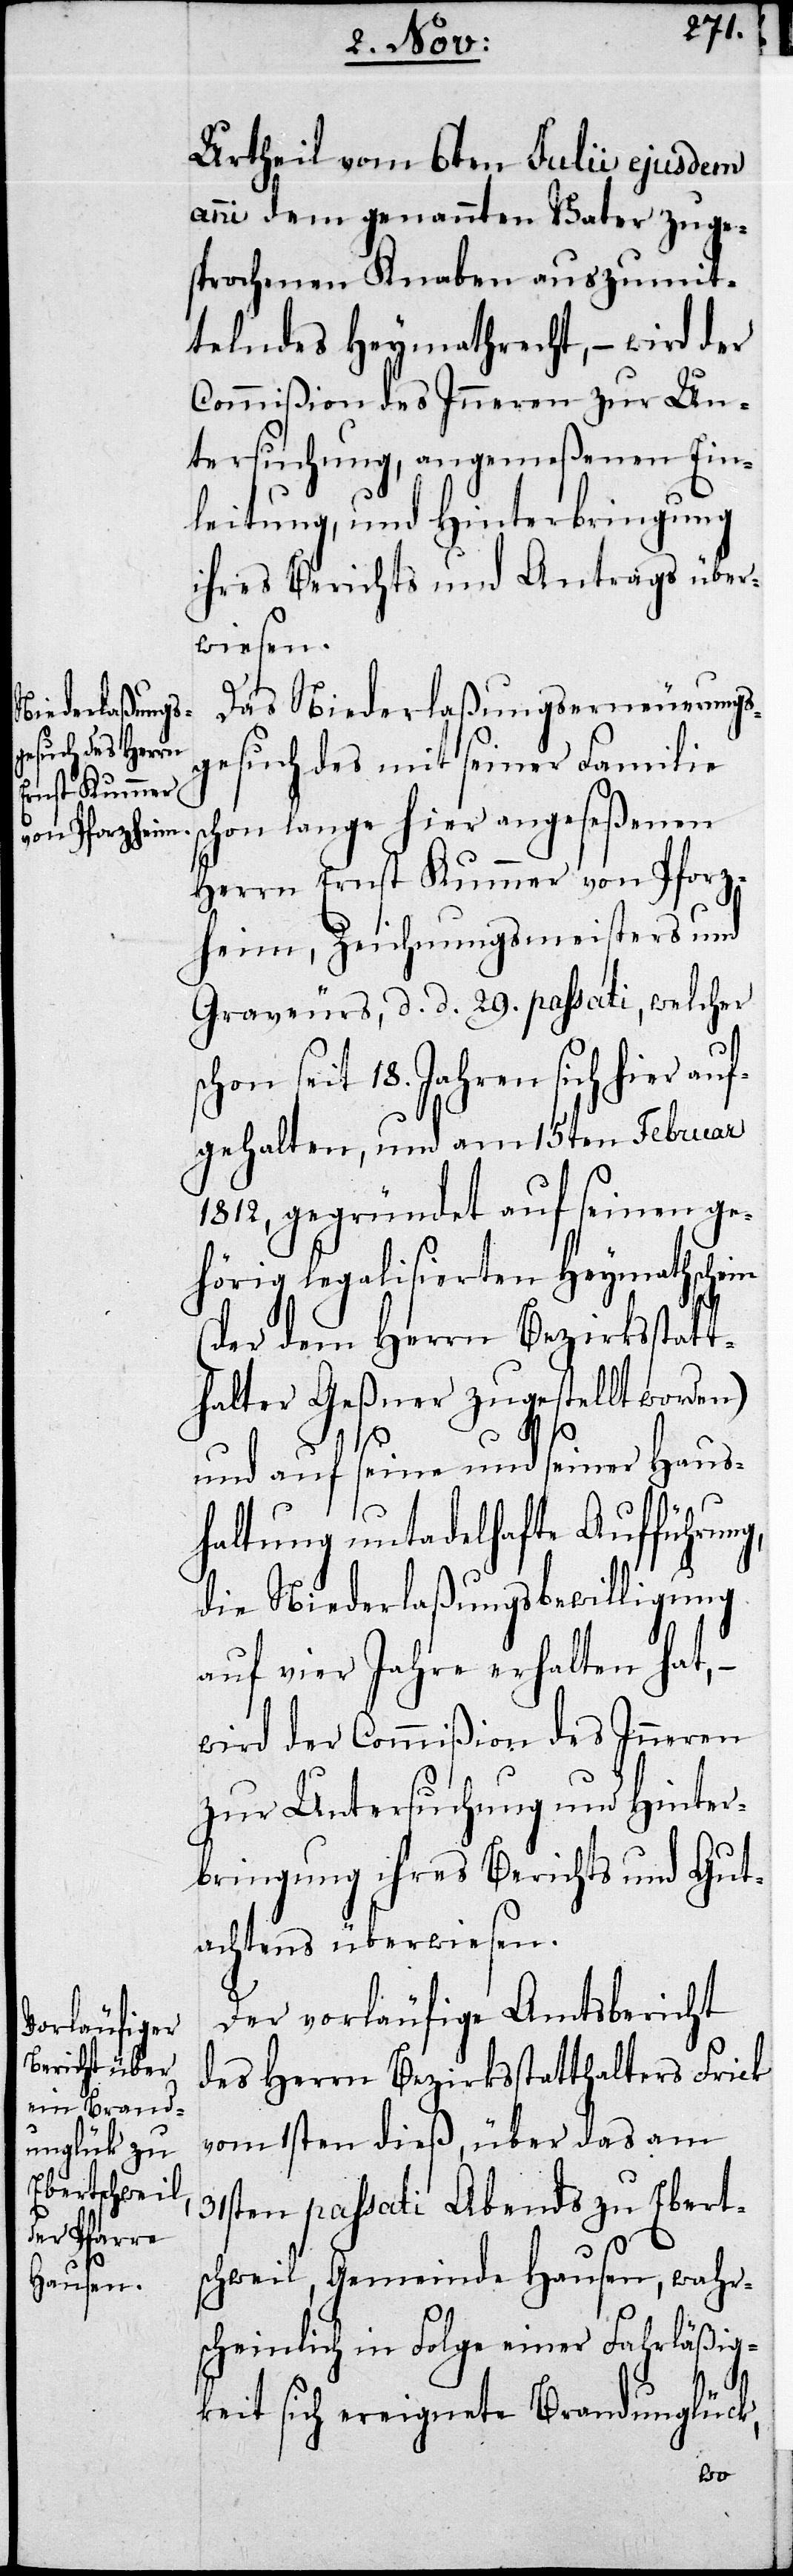
Urtheil von 6ten Julii ejusdem
anni dem genannten Vater zuge¬
sprochenen Knaben auszumit¬
telndes Heymathrecht, – wird der
Commißion des Inneren zur Un¬
tersuchung, angemeßen Ein¬
leitung, und Hinterbringung
ihres Berichts und Antrags über¬
wiesen.
Das Niederlaßungserneuerungs¬
gesuch des mit seiner Famili¬
chon lang hier angeseßenen
Herrn Ernst Kummer von Pforz¬
heim, Zeichnungsmeisters und
Graveurs, d. d. 29. passati, welcher
chon seit 18. Jahren sich hier auf¬
gehalten, und am 15ten Februar
1812, gegründet auf seinen ge¬
hörig legalisierten Heymathschein
e s¬
(der dem Herrn Bezirksstatt¬
halter Geßner zugestellt worden)
und auf seine und seiner Haus¬
haltung untadelhafte Aufführung,
die Niederlaßungsbewilligung
auf vier Jahre erhalten hat, –
wird der Commißion des Inneren
zur Untersuchung und Hinter¬
bringung ihres Berichts und Gut¬
achtens überwiesen.
Der vorläufige Amtsbericht
des Herrn Bezirksstatthalters Frick
vom 1sten dieß, über das am
31sten passati Abends zu Ebert¬
schweil, Gemeinde Hausen, wahr¬
scheinlich in Folge einer Fahrläßig¬
keit sich ereignete Brandunglück,
s¬